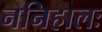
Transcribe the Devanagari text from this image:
ननिहालः